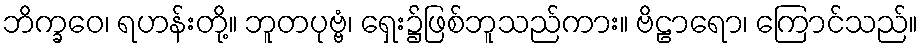
ဘိက္ခဝေ၊ ရဟန်းတို့။ ဘူတပုဗ္ဗံ၊ ရှေး၌ဖြစ်ဘူသည်ကား။ ဗိဠာရော၊ ကြောင်သည်။